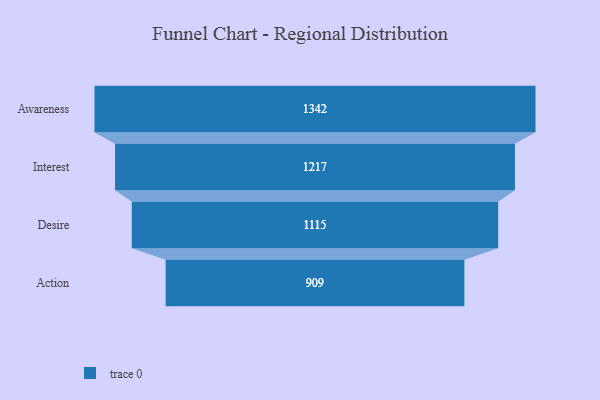
{"axis": {"x": "Stage", "y": "Value"}, "legend": [""], "data": [{"x": "Awareness", "y": 1342.0, "type": ""}, {"x": "Interest", "y": 1217.0, "type": ""}, {"x": "Desire", "y": 1115.0, "type": ""}, {"x": "Action", "y": 909.0, "type": ""}]}